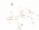
يمكنك